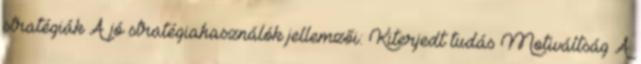
stratégiák A jó stratégiahasználók jellemzői: Kiterjedt tudás Motiváltság A